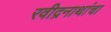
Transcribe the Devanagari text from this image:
रवीद्रनाथांचा